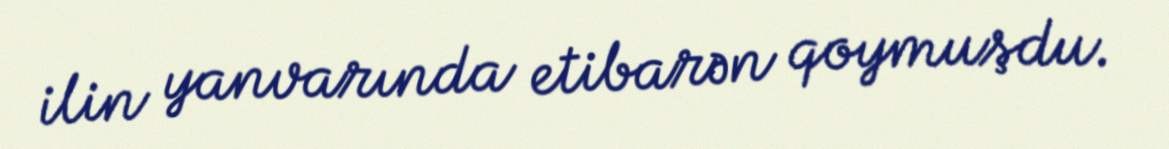
ilin yanvarında etibarən qoymuşdu.